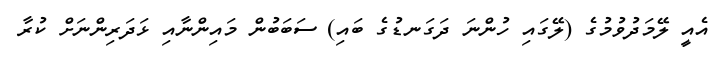
އެއީ ލޭމަދުވުމުގެ (ލޭގައި ހުންނަ ދަގަނޑުގެ ބައި) ސަބަބުން މައިންނާއި ޅަދަރިންނަށް ކުރާ